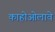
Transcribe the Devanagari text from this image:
काहोओलावे